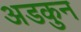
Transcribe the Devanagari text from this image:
अडकुन